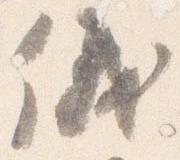
儀